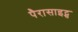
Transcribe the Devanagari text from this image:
पैरासाइट्स